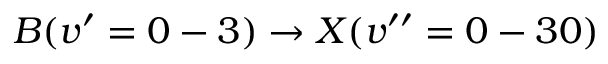
B ( v ^ { \prime } = 0 - 3 ) \rightarrow X ( v ^ { \prime \prime } = 0 - 3 0 )